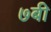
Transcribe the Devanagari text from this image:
७बी